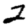
Digit: 2